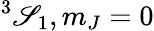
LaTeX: ^3\mathscr{S}_{1},m_{J}=0